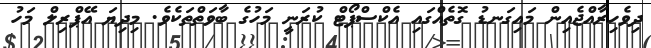
ދިވެހިރާއްޖެއިން މައިގަނޑު ގޮތެއްގައި އެކްސްޕޯޓް ކުރަނީ މަހުގެ ބާވަތްތަކެވެ. މިދިޔަ އޭޕްރިލް މަހު